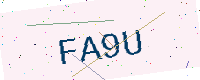
Text: FA9U